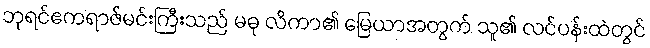
ဘုရင်ဧကရာဇ်မင်းကြီးသည် မဓု လိကာ၏ မြေယာအတွက် သူ၏ လင်ပန်းထဲတွင်